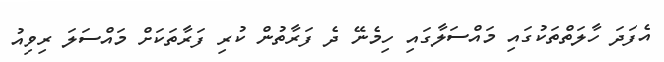
އެފަދަ ހާލަތްތަކުގައި މައްސަލާގައި ހިމެނޭ ދެ ފަރާތުން ކުރި ފަރާތަކަށް މައްސަލަ ރިވިއު